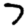
Digit: 7